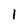
Character: 1